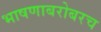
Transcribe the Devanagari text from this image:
भाषणाबरोबरच